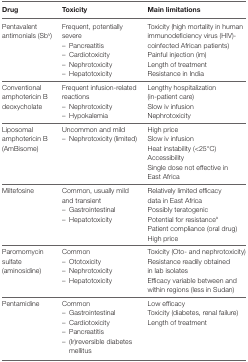
| Drug | Toxicity | Main limitations |
 | --- | --- | --- |
 | Pentavalent antimonials (SbV) | Frequent, potentially severe– Pancreatitis– Cardiotoxicity– Nephrotoxicity– Hepatotoxicity | Toxicity (high mortality in human immunodeficiency virus (HIV)-coinfected African patients)Painful injection (im)Length of treatmentResistance in India |
 | Conventional amphotericin B deoxycholate | Frequent infusion-related reactions– Nephrotoxicity– Hypokalemia | Lengthy hospitalization (in-patient care)Slow iv infusionNephrotoxicity |
 | Liposomal amphotericin B (AmBisome) | Uncommon and mild– Nephrotoxicity (limited) | High priceSlow iv infusionHeat instability (<25°C)AccessibilitySingle dose not effective in East Africa |
 | Miltefosine | Common, usually mild and transient– Gastrointestinal– Hepatotoxicity | Relatively limited efficacy data in East AfricaPossibly teratogenicPotential for resistanceaPatient compliance (oral drug)High price |
 | Paromomycin sulfate (aminosidine) | Common– Ototoxicity– Nephrotoxicity– Hepatotoxicity | Toxicity (Oto- and nephrotoxicity)Resistance readily obtained in lab isolatesEfficacy variable between and within regions (less in Sudan) |
 | Pentamidine | Common– Gastrointestinal– Cardiotoxicity– Pancreatitis– (Ir)reversible diabetes mellitus | Low efficacyToxicity (diabetes, renal failure)Length of treatment |